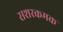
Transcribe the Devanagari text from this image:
सशरकमक